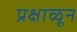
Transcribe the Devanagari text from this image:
प्रक्षाळून